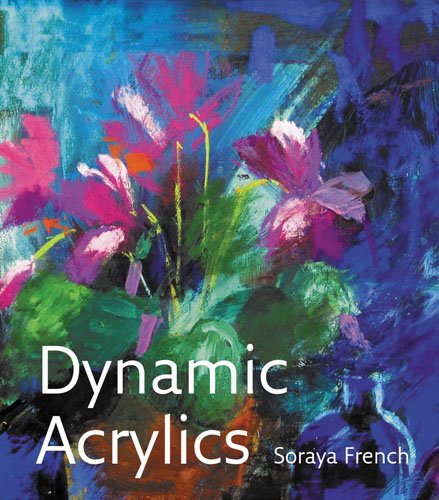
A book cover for Dynamic Acrylics; Soraya French; Arts & Photography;